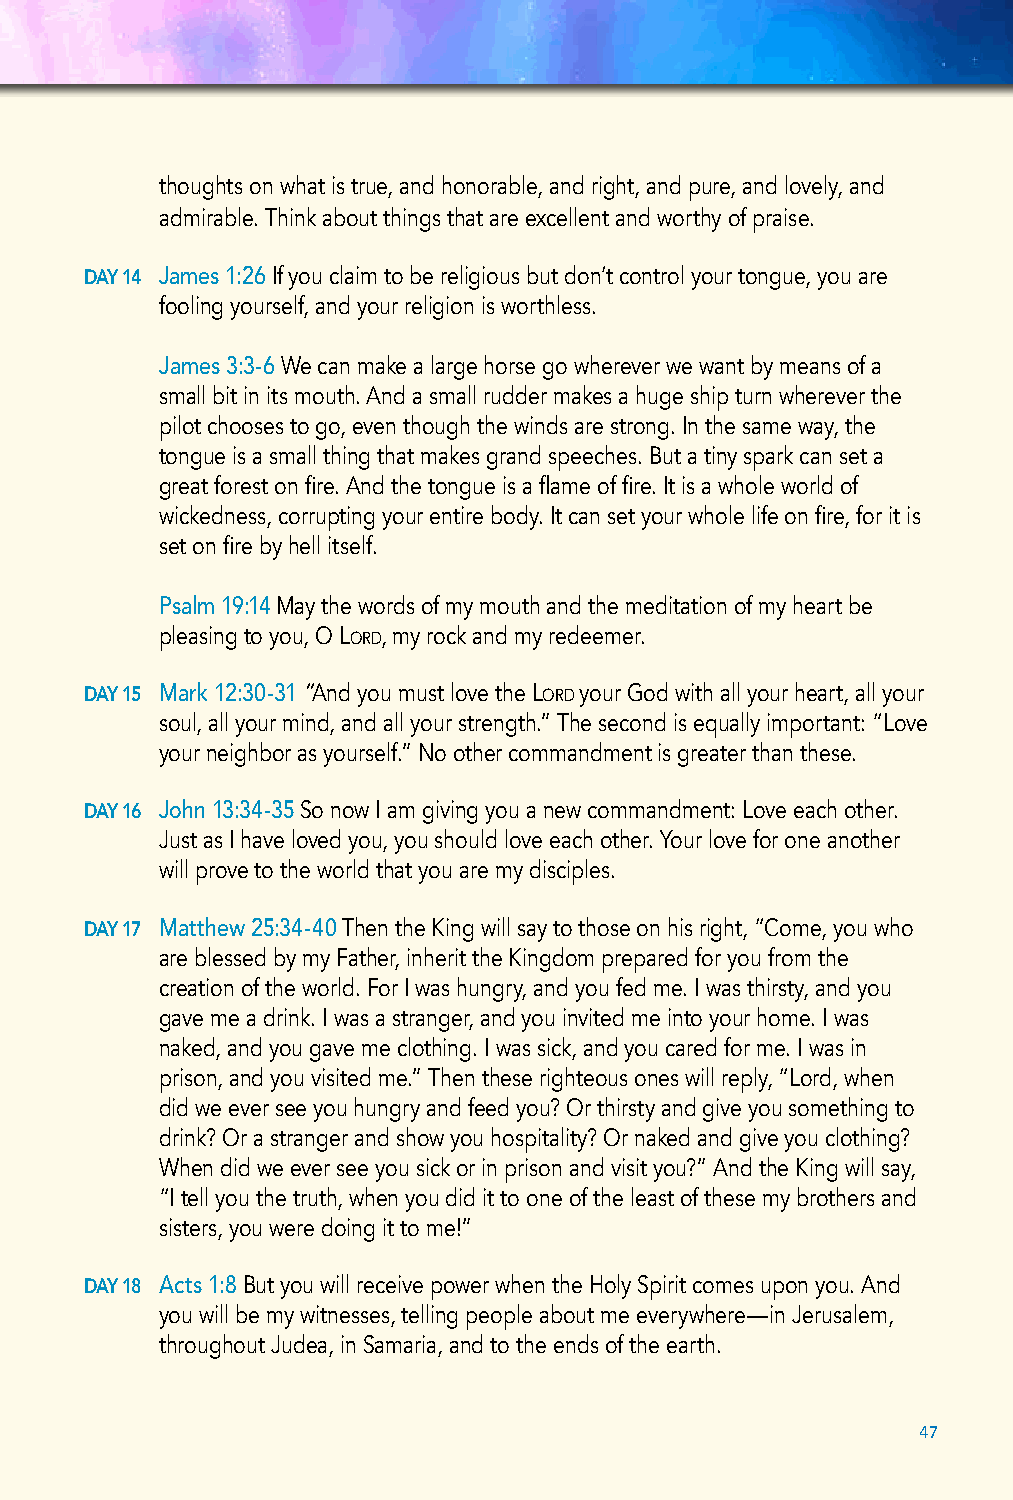
thoughts on what is true, and honorable, and right, and pure, and lovely, and
 admirable. Think about things that are excellent and worthy of praise.
 DAY 14 James 1:26 If you claim to be religious but don’t control your tongue, you are
 fooling yourself, and your religion is worthless.
 James 3:3-6 We can make a large horse go wherever we want by means of a
 small bit in its mouth. And a small rudder makes a huge ship turn wherever the
 pilot chooses to go, even though the winds are strong. In the same way, the
 tongue is a small thing that makes grand speeches. But a tiny spark can set a
 great forest on fire. And the tongue is a flame of fire. It is a whole world of
 wickedness, corrupting your entire body. It can set your whole life on fire, for it is
 set on fire by hell itself.
 Psalm 19:14 May the words of my mouth and the meditation of my heart be
 pleasing to you, O Lord, my rock and my redeemer.
 DAY 15 Mark 12:30-31 “And you must love the Lord your God with all your heart, all your
 soul, all your mind, and all your strength.” The second is equally important: “Love
 your neighbor as yourself.” No other commandment is greater than these.
 DAY 16 John 13:34-35 So now I am giving you a new commandment: Love each other.
 Just as I have loved you, you should love each other. Your love for one another
 will prove to the world that you are my disciples.
 DAY 17 Matthew 25:34-40 Then the King will say to those on his right, “Come, you who
 are blessed by my Father, inherit the Kingdom prepared for you from the
 creation of the world. For I was hungry, and you fed me. I was thirsty, and you
 gave me a drink. I was a stranger, and you invited me into your home. I was
 naked, and you gave me clothing. I was sick, and you cared for me. I was in
 prison, and you visited me.” Then these righteous ones will reply, “Lord, when
 did we ever see you hungry and feed you? Or thirsty and give you something to
 drink? Or a stranger and show you hospitality? Or naked and give you clothing?
 When did we ever see you sick or in prison and visit you?” And the King will say,
 “I tell you the truth, when you did it to one of the least of these my brothers and
 sisters, you were doing it to me!”
 DAY 18 Acts 1:8 But you will receive power when the Holy Spirit comes upon you. And
 you will be my witnesses, telling people about me everywhere—in Jerusalem,
 throughout Judea, in Samaria, and to the ends of the earth.
 47